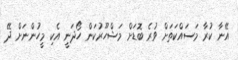
އޭނާ ކުރާ މަސައްކަތަށް ވުރެ ބޮޑަށް މަޝްހޫރުކަން ހޯދަނީ އެކި މީހުންނަށް ދޭ